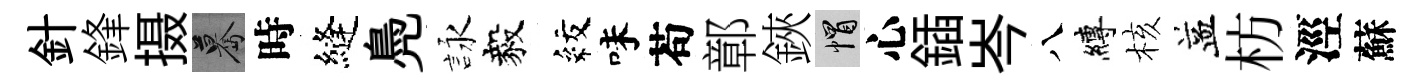
針鋒摄驀時縫鳧詠毅紋味苟鄣鋏帽心鍤岑八縛核益枋涇蘇